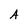
Character: A